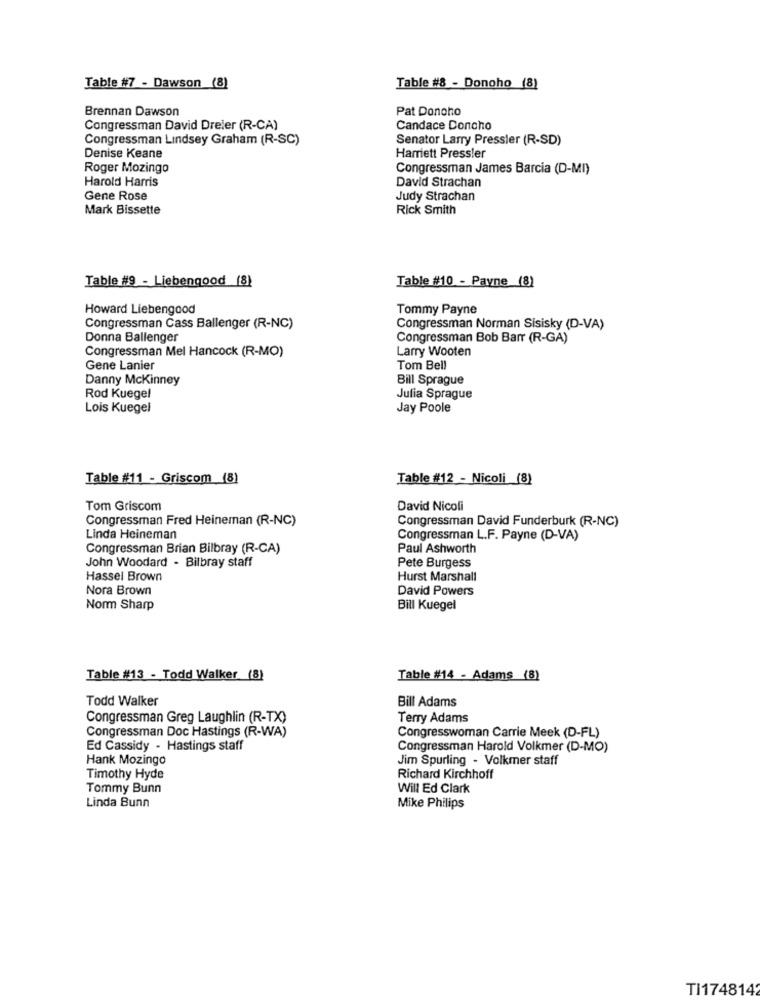
Table #7 - Dawson (8)
Table #8 - Donoho (8)
Brennan Dawson
Pat Donoho
Congressman David Dreier (R-CA)
Candace Donoho
Congressman Lindsey Graham (R-SC)
Senator Larry Pressler (R-SD)
Denise Keane
Harriett Pressler
Roger Mozingo
Congressman James Barcia (D-MI)
Harold Harris
David Strachan
Gene Rose
Judy Strachan
Mark Bissette
Rick Smith
Table #9 - Liebengood (8)
Table #10 - Payne (8)
Howard Liebengood
Tommy Payne
Congressman Cass Ballenger (R-NC)
Congressman Norman Sisisky (D-VA)
Donna Ballenger
Congressman Bob Barr (R-GA)
Congressman Mel Hancock (R-MO)
Larry Wooten
Gene Lanier
Tom Bell
Danny Mckinney
Bill Sprague
Rod Kuegel
Julia Sprague
Lois Kuegel
Jay Poole
Table #11 - Griscom (8)
Table #12 - Nicoli (8)
Tom Griscom
David Nicoli
Congressman Fred Heineman (R-NC)
Congressman David Funderburk (R-NC)
Linda Heineman
Congressman L.F. Payne (D-VA)
Congressman Brian Bilbray (R-CA)
Paul Ashworth
John Woodard - Bilbray staff
Pete Burgess
Hassel Brown
Hurst Marshall
Nora Brown
David Powers
Norm Sharp
Bill Kuegel
Table #13 - Todd Walker (8)
Table #14 - Adams (8)
Todd Walker
Bill Adams
Congressman Greg Laughlin (R-TX)
Terry Adams
Congressman Doc Hastings (R-WA)
Congresswoman Carrie Meek (D-FL)
Ed Cassidy - Hastings staff
Congressman Harold Volkmer (D-MO)
Hank Mozingo
Jim Spurling - Volkmer staff
Timothy Hyde
Richard Kirchhoff
Tommy Bunn
Will Ed Clark
Linda Bunn
Mike Philips
TI1748142